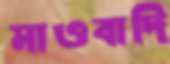
মাওবাদি